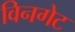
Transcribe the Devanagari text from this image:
विनगेट